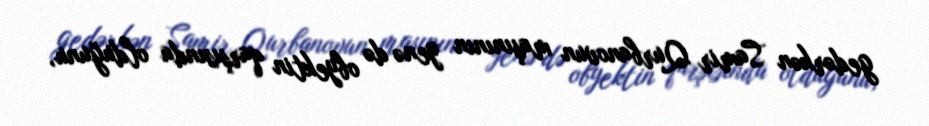
gedərkən Samir Qurbanovun maşınının yenə də obyektin qarşısında olduğunu,